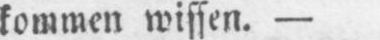
kommen wissen. -